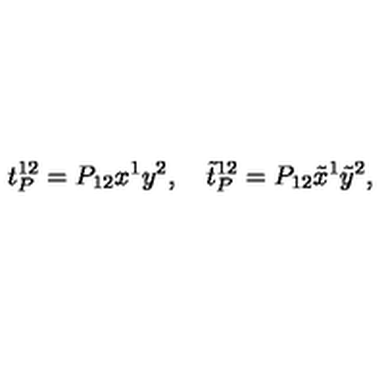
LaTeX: t _ { P } ^ { 1 2 } = P _ { 1 2 } x ^ { 1 } y ^ { 2 } , \quad \tilde { t } _ { P } ^ { 1 2 } = P _ { 1 2 } \tilde { x } ^ { 1 } \tilde { y } ^ { 2 } ,